Indian journal of veterinary science and animal husbandry - Volume 11,
Year: 1941
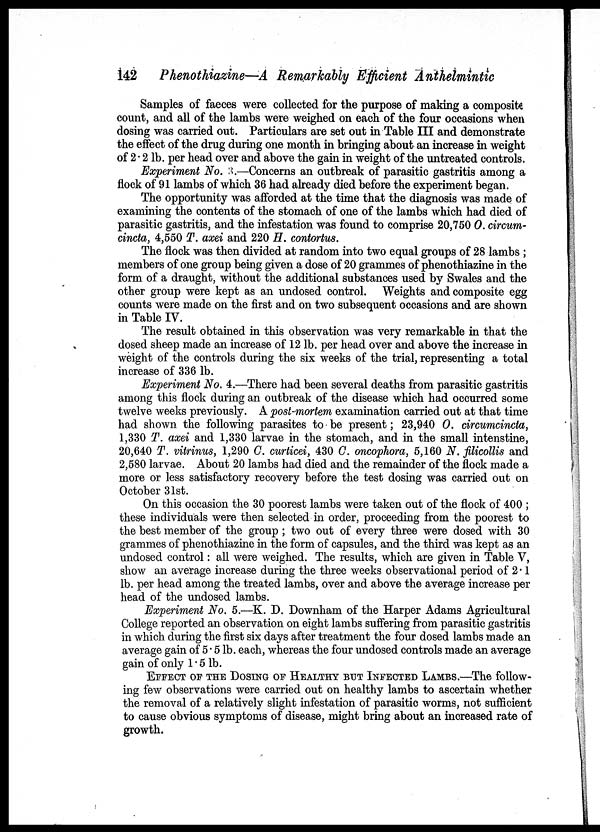
142 Phenothiazine—A Remarkably Efficient Anthelmintic
Samples of faeces were collected for the purpose of making a composite
count, and all of the lambs were weighed on each of the four occasions when
dosing was carried out. Particulars are set out in Table III and demonstrate
the effect of the drug during one month in bringing about an increase in weight
of 2.2 lb. per head over and above the gain in weight of the untreated controls.
Experiment No. 3.—Concerns an outbreak of parasitic gastritis among a
flock of 91 lambs of which 36 had already died before the experiment began.
The opportunity was afforded at the time that the diagnosis was made of
examining the contents of the stomach of one of the lambs which had died of
parasitic gastritis, and the infestation was found to comprise 20,750 0. circum-
cincta, 4,550 T. axei and 220 H. contortus.
The flock was then divided at random into two equal groups of 28 lambs ;
members of one group being given a dose of 20 grammes of phenothiazine in the
form of a draught, without the additional substances used by Swales and the
other group were kept as an undosed control. Weights and composite egg
counts were made on the first and on two subsequent occasions and are shown
in Table IV.
The result obtained in this observation was very remarkable in that the
dosed sheep made an increase of 12 lb. per head over and above the increase in
weight of the controls during the six weeks of the trial, representing a total
increase of 336 lb.
Experiment No. 4.—There had been several deaths from parasitic gastritis
among this flock during an outbreak of the disease which had occurred some
twelve weeks previously. A post-mortem examination carried out at that time
had shown the following parasites to be present; 23,940 O. circumcincta,
1,330 T. axei and 1,330 larvae in the stomach, and in the small intenstine,
20,640 T. vitrinus, 1,290 C. curticei, 430 C. oncophora, 5,160 N. filicollis and
2,580 larvae. About 20 lambs had died and the remainder of the flock made a
more or less satisfactory recovery before the test dosing was carried out on
October 31st.
On this occasion the 30 poorest lambs were taken out of the flock of 400 ;
these individuals were then selected in order, proceeding from the poorest to
the best member of the group ; two out of every three were dosed with 30
grammes of phenothiazine in the form of capsules, and the third was kept as an
undosed control: all were weighed. The results, which are given in Table V,
show an average increase during the three weeks observational period of 2.1
lb. per head among the treated lambs, over and above the average increase per
head of the undosed lambs.
Experiment No. 5.—K. D. Downham of the Harper Adams Agricultural
College reported an observation on eight lambs suffering from parasitic gastritis
in which during the first six days after treatment the four dosed lambs made an
average gain of 5.5 lb. each, whereas the four undosed controls made an average
gain of only 1.5 lb.
EFFECT OF THE DOSING OF HEALTHY BUT INFECTED LAMBS.—The follow-
ing few observations were carried out on healthy lambs to ascertain whether
the removal of a relatively slight infestation of parasitic worms, not sufficient
to cause obvious symptoms of disease, might bring about an increased rate of
growth.